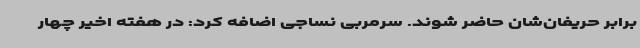
برابر حریفان‌شان حاضر شوند. سرمربی نساجی اضافه کرد: در هفته اخیر چهار